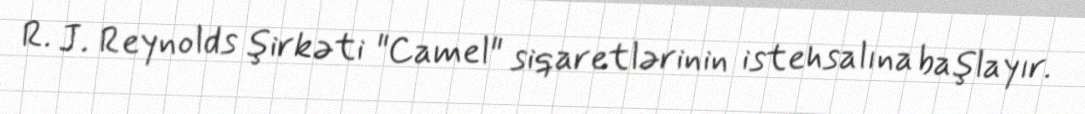
R. J. Reynolds şirkəti "Camel" siqaretlərinin istehsalına başlayır.